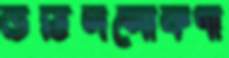
উঠিললোকগা